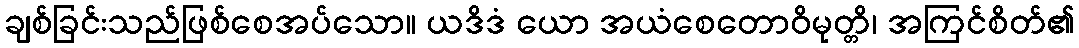
ချစ်ခြင်းသည်ဖြစ်စေအပ်သော။ ယဒိဒံ ယော အယံစေတောဝိမုတ္တိ၊ အကြင်စိတ်၏